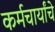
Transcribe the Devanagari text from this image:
कर्मचार्यांचे